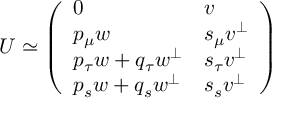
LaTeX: U \simeq \left( \begin{array} { l l } { { 0 } } & { { v } } \\ { { p _ { \mu } w } } & { { s _ { \mu } v ^ { \bot } } } \\ { { p _ { \tau } w + q _ { \tau } w ^ { \bot } } } & { { s _ { \tau } v ^ { \bot } } } \\ { { p _ { s } w + q _ { s } w ^ { \bot } } } & { { s _ { s } v ^ { \bot } } } \end{array} \right)